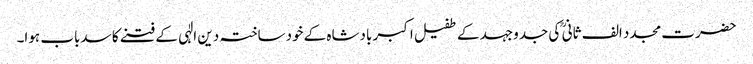
حضرت مجدد الف ثانی ؒ کی جدوجہد کے طفیل اکبر بادشاہ کے خودساختہ دین الٰہی کے فتنے کا سدباب ہوا۔